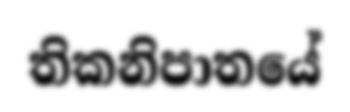
තිකනිපාතයේ